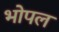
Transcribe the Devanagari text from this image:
भोपल